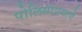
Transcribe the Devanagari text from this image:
पोलिसांप्रमाणे